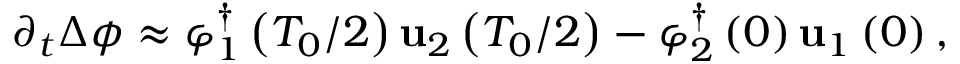
\partial _ { t } \Delta \phi \approx \boldsymbol { \varphi } _ { 1 } ^ { \dagger } \left( T _ { 0 } / 2 \right) \mathbf { u } _ { 2 } \left( T _ { 0 } / 2 \right) - \boldsymbol { \varphi } _ { 2 } ^ { \dagger } \left( 0 \right) \mathbf { u } _ { 1 } \left( 0 \right) ,